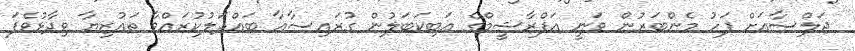
ޖަލްސާއަށް ފަހު މެންބަރުން ވަނީ އަފްރާޝީމްގެ އަބިކަބަލުން ގުރައިސާއާ ބައްދަލުކުރައްވާ ތައުޒިޔާ ވިދާޅުވެފަ